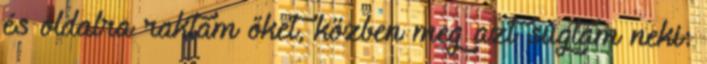
és oldalra raktam őket, közben meg azt súgtam neki: